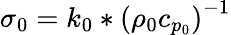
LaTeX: \sigma_{0}={k_{0}}*\left({\rho_{0}c_{p_{0}}}\right)^{-1}